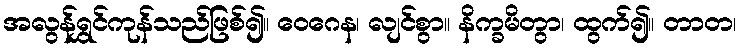
အလွန်ရွှင်ကုန်သည်ဖြစ်၍။ ဝေဂေန၊ လျင်စွာ။ နိက္ခမိတွာ၊ ထွက်၍။ တာတ၊